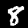
Label: 8